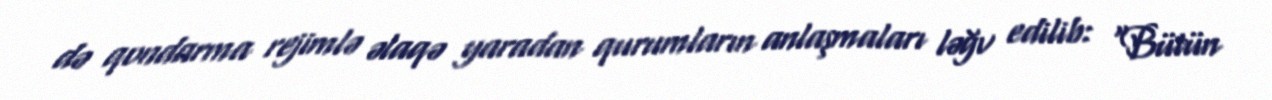
də qondarma rejimlə əlaqə yaradan qurumların anlaşmaları ləğv edilib: "Bütün